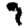
Digit: 9